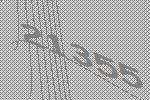
21355